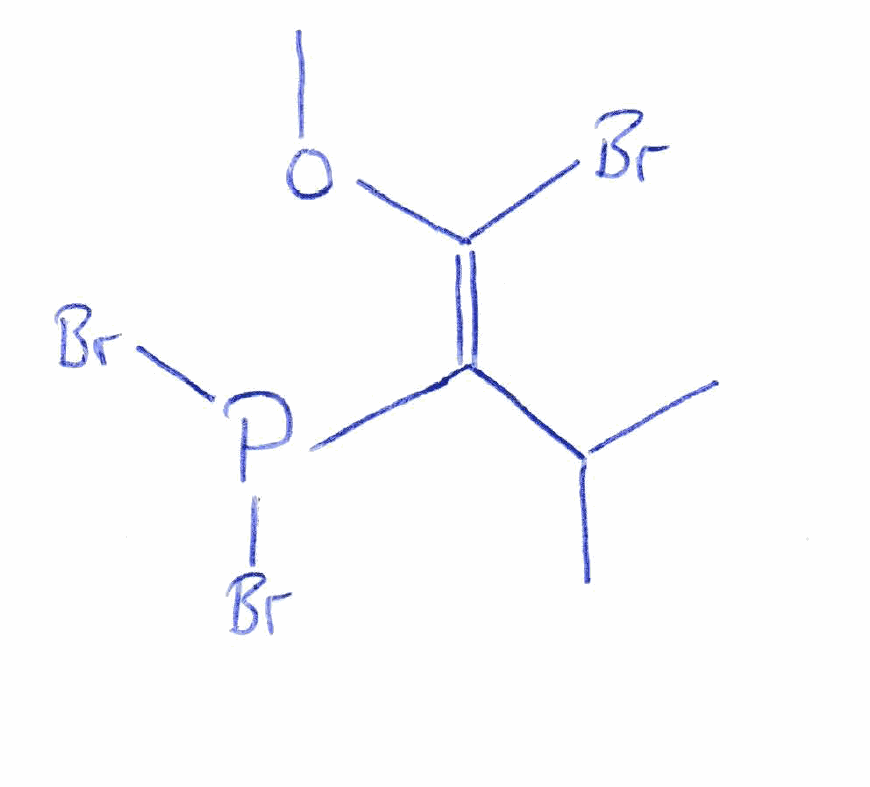
Simplified molecular-input line-entry system (SMILES) notation of the given molecule:
CC(C)/C(=C(/OC)\Br)/P(Br)Br